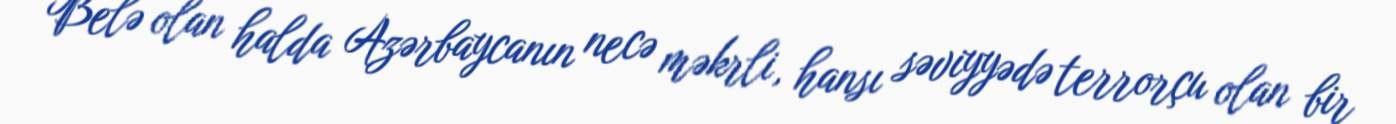
Belə olan halda Azərbaycanın necə məkrli, hansı səviyyədə terrorçu olan bir